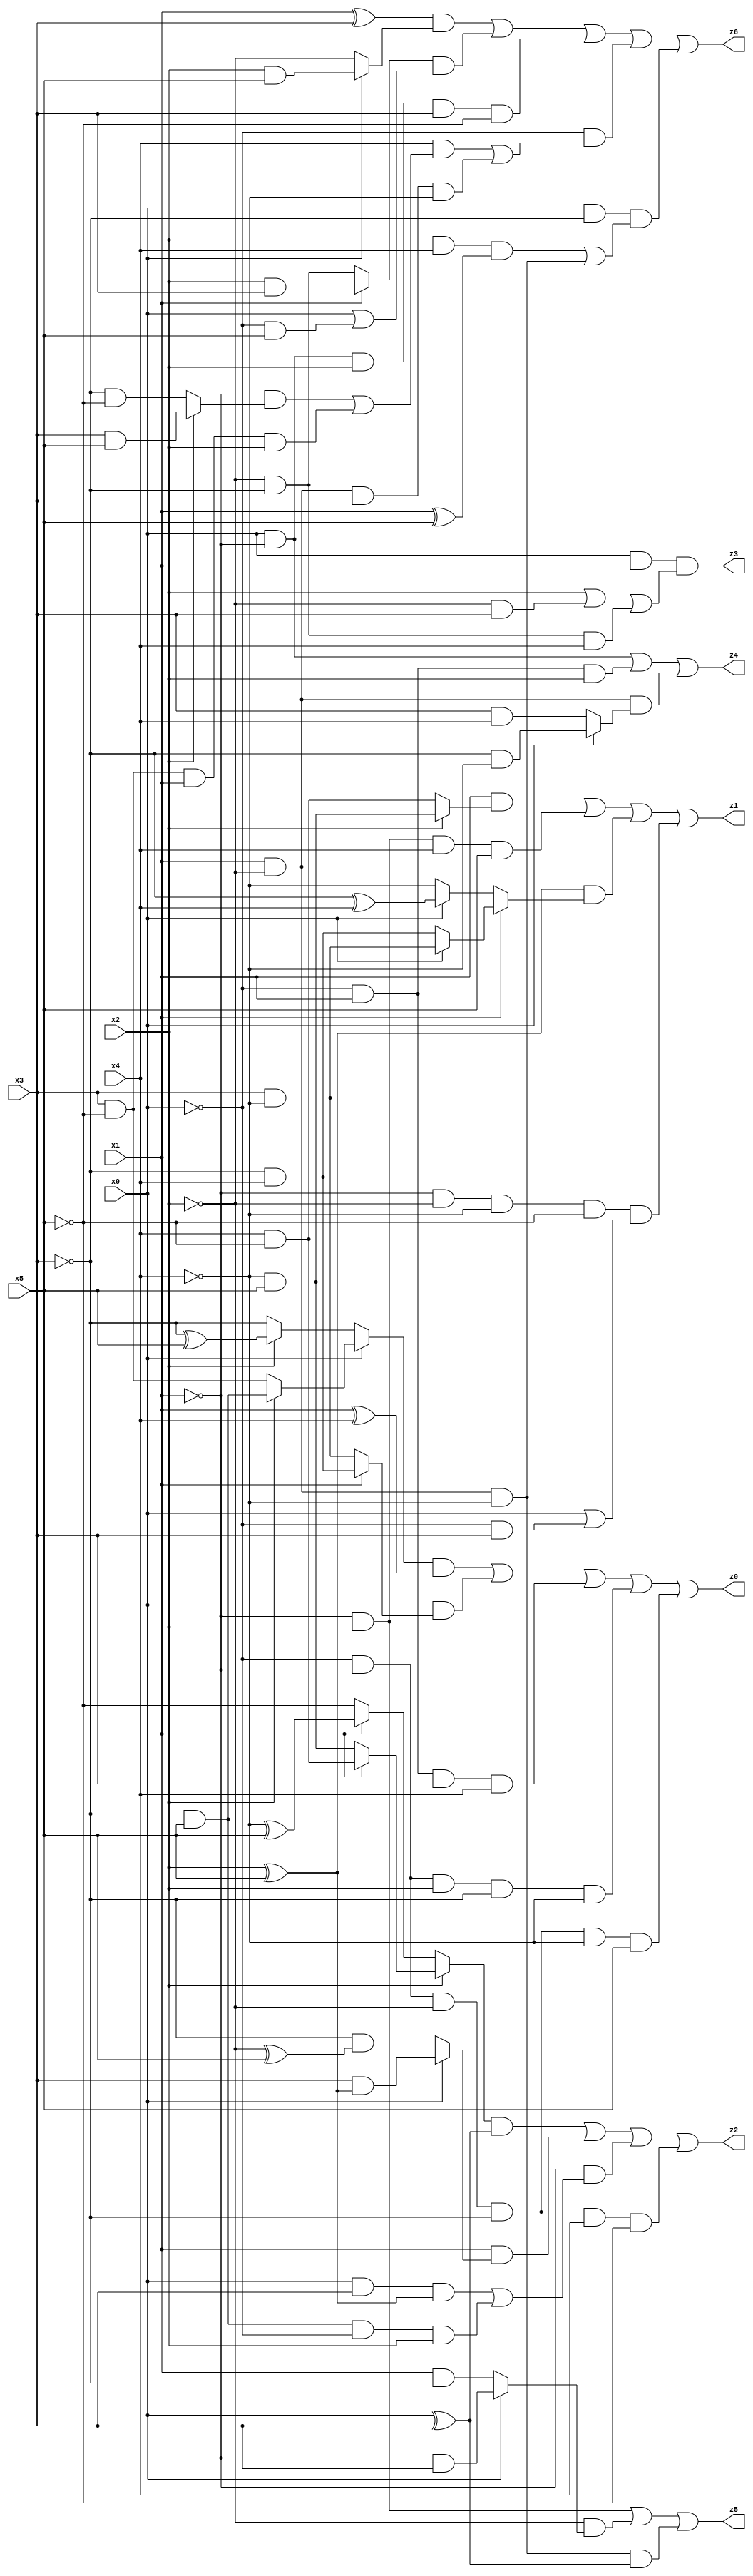
// Benchmark "X_4" written by ABC on Wed Jun 07 15:37:01 2023

module X_18 ( 
    x0, x1, x2, x3, x4, x5,
    z0, z1, z2, z3, z4, z5, z6  );
  input  x0, x1, x2, x3, x4, x5;
  output z0, z1, z2, z3, z4, z5, z6;
  assign z0 = ((x0 ? (x2 ? (~x3 & x5) : (x3 & ~x5)) : (x2 ? (~x3 ^ x5) : ~x3)) & (x1 ^ x4)) | (x0 & (x1 ? (~x3 & x4) : (x3 & ~x4))) | (~x0 & x1 & x3 & x4) | (~x0 & ~x1 & x2 & ~x3 & ~x4) | (~x0 & ~x1 & ~x2 & ~x3 & ~x4 & x5);
  assign z1 = (x1 & (x2 ? (~x4 & x5) : (x4 & ~x5))) | (~x1 & x2 & x4 & x5) | ((x2 ^ x5) & (x1 ? (x0 ? (x3 & ~x4) : (~x3 & x4)) : (x0 ? (~x3 ^ x4) : ~x4))) | (~x1 & ~x2 & ~x4 & ~x5 & (x0 | (~x0 & x3)));
  assign z2 = ((x2 ? (x1 ? (x4 & ~x5) : (~x4 & x5)) : (x1 ? (~x4 ^ x5) : ~x5)) & (x0 ^ x3)) | (x1 & (x0 ? (x3 & (x2 ^ x5)) : (~x3 & (~x2 ^ x5)))) | (~x1 & ((x0 & x3 & (x2 ^ x5)) | (~x3 & x5 & ~x0 & x2))) | (~x0 & ~x1 & ~x2 & ~x3 & x4 & ~x5);
  assign z3 = x0 & x1 & (x2 | (~x2 & x3) | (~x2 & ~x3 & x4));
  assign z4 = (x0 & ~x1) | (~x0 & x1 & x2) | (x1 & ~x2 & (x0 ? (~x3 & ~x4) : (x3 & x4)));
  assign z5 = (~x1 & x2) | (~x2 & (x0 ? (~x1 & x3) : (x1 & ~x3))) | (x1 & ~x2 & ~x4 & (x0 ^ x3));
  assign z6 = ((x1 ^ x3) & (x0 ? (x2 & x5) : ~x2)) | ((x1 ? (x2 & x3) : (~x2 & ~x3)) & (x0 | (~x0 & x5))) | (x0 & ~x1 & x2 & x3 & ~x5) | (~x0 & ((x4 & ((~x1 & (x2 ? (x3 & x5) : (~x3 & ~x5))) | (x3 & ~x5 & x1 & x2))) | (x1 & ~x2 & x3 & ~x4))) | (x0 & ~x3 & ((x2 & x4 & (x1 ^ x5)) | (x1 & ~x2 & ~x4)));
endmodule